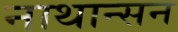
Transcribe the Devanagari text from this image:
नाथान्सन